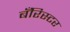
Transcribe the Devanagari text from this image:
बँरिस्टर